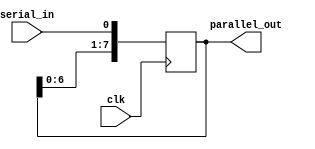
module serial_in_parallel_out_register(
    input wire clk,
    input wire serial_in,
    output reg [7:0] parallel_out
);

reg [7:0] data_reg;

always @(posedge clk) begin
    data_reg <= {data_reg[6:0], serial_in};
end

assign parallel_out = data_reg;

endmodule